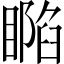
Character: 𥊥